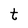
Character: t